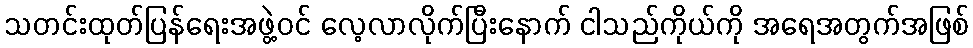
သတင်းထုတ်ပြန်ရေးအဖွဲ့ဝင် လေ့လာလိုက်ပြီးနောက် ငါသည်ကိုယ်ကို အရေအတွက်အဖြစ်